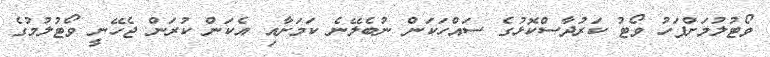
ވޯޓުލުމަށްފަހު ވޯޓު ކަރުދާސްކޮޅުގެ ސައްހަކަން ނުބެލޭނެ ކަމަށާއި އެކަން ކުރަން ޖެހޭނީ ވޯޓުލުމުގެ